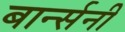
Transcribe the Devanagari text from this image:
बार्न्सनी